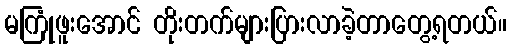
မကြုံဖူးအောင် တိုးတက်များပြားလာခဲ့တာတွေ့ရတယ်။